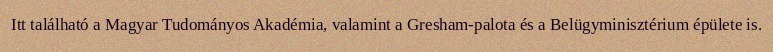
Itt található a Magyar Tudományos Akadémia, valamint a Gresham-palota és a Belügyminisztérium épülete is.